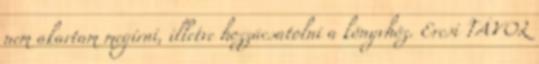
nem akartam megírni, illetve hozzácsatolni a könyvhöz. Ercsi TÁVOL